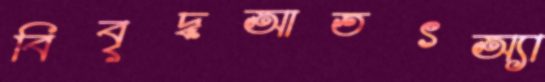
বিবৃদ্ধআতৎঅ্যা